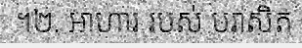
។២. អាហារ របស់ បរាសិត